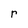
Character: r